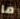
ما